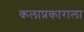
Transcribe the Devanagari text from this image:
कलाप्रकाराला